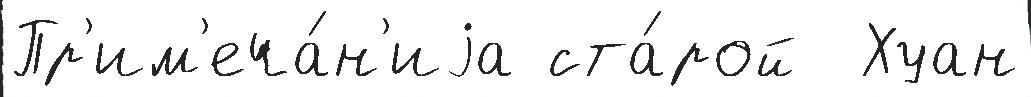
Пр'им'еча́н'иjа ста́рой  Хуан